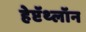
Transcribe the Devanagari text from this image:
हेप्टॅथ्‍लॉन